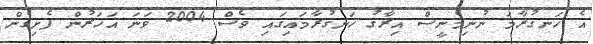
އެ ހަނގުރާމަ ނުނިމެނީސް އިރާގު ހަނގުރާމައިގައި ވެސް 2004 ވަނަ އަހަރުން ފެށިގެން